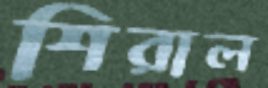
শিরাল